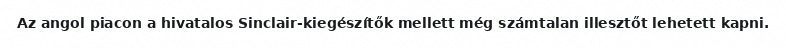
Az angol piacon a hivatalos Sinclair-kiegészítők mellett még számtalan illesztőt lehetett kapni.